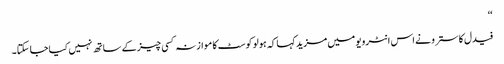
‘‘
فیدل کاسترو نے اس انٹرویو میں مزید کہا کہ ہولو کوسٹ کا موازنہ کسی چیز کے ساتھ نہیں کیا جا سکتا۔